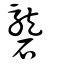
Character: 礱